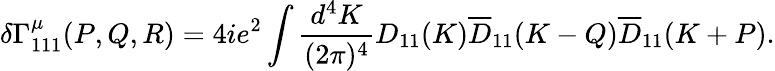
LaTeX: \delta\Gamma_{111}^{\mu}(P,Q,R)=4ie^{2}\int\frac{d^{4}K}{(2\pi)^{4}}{D}_{11}(K)\overline{{{D}}}_{11}(K-Q)\overline{{{D}}}_{11}(K+P).